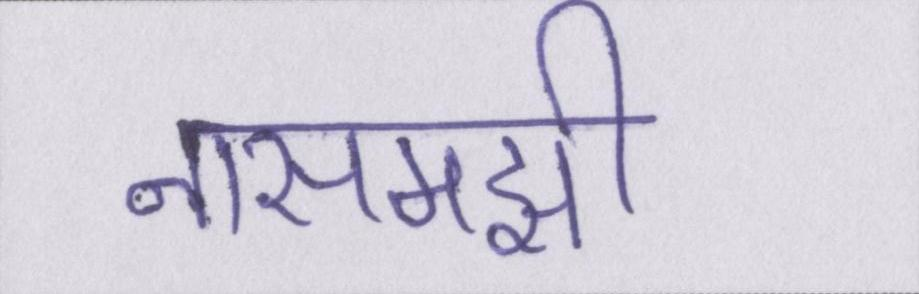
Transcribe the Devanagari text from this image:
नासमझी